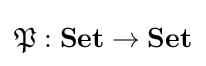
{\mathfrak {P}}:\mathbf {Set} \to \mathbf {Set}